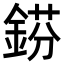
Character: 𨧼